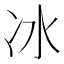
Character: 冰